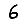
Digit: 6